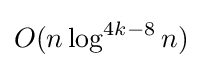
O(n\log ^{4k-8}n)